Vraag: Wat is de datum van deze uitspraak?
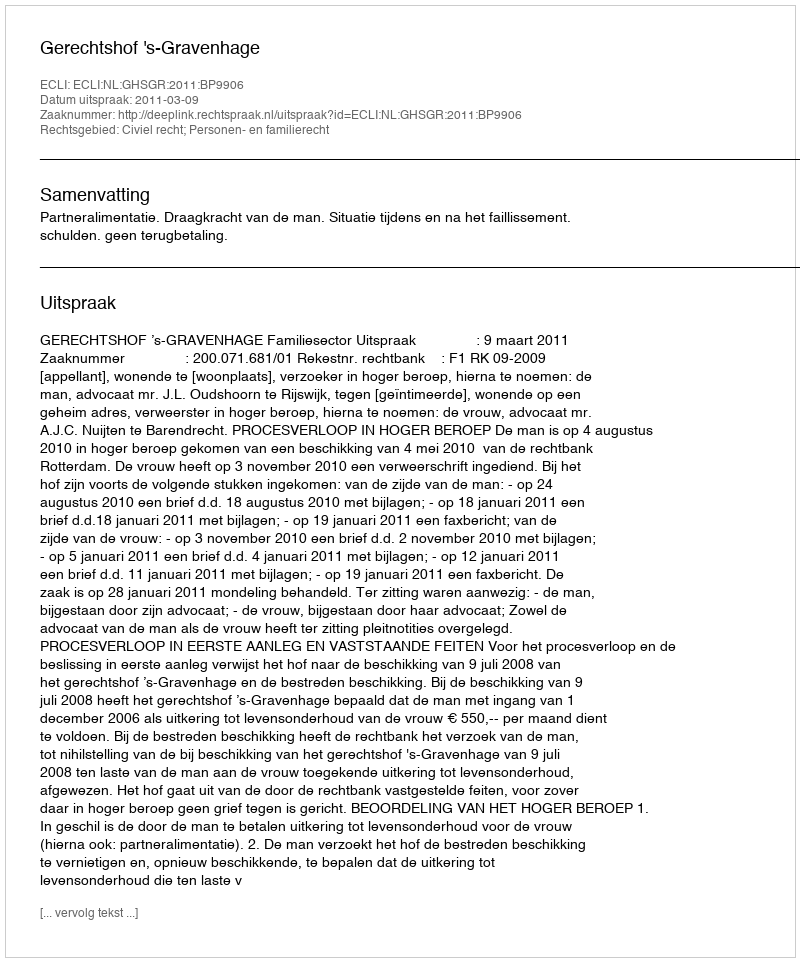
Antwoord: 2011-03-09